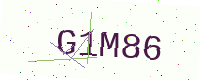
Text: G1M86